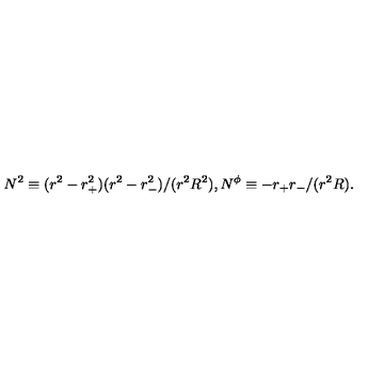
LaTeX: N ^ { 2 } \equiv ( r ^ { 2 } - r _ { + } ^ { 2 } ) ( r ^ { 2 } - r _ { - } ^ { 2 } ) / ( r ^ { 2 } R ^ { 2 } ) , N ^ { \phi } \equiv - r _ { + } r _ { - } / ( r ^ { 2 } R ) .